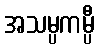
အသမ္ပကမ္ပီ